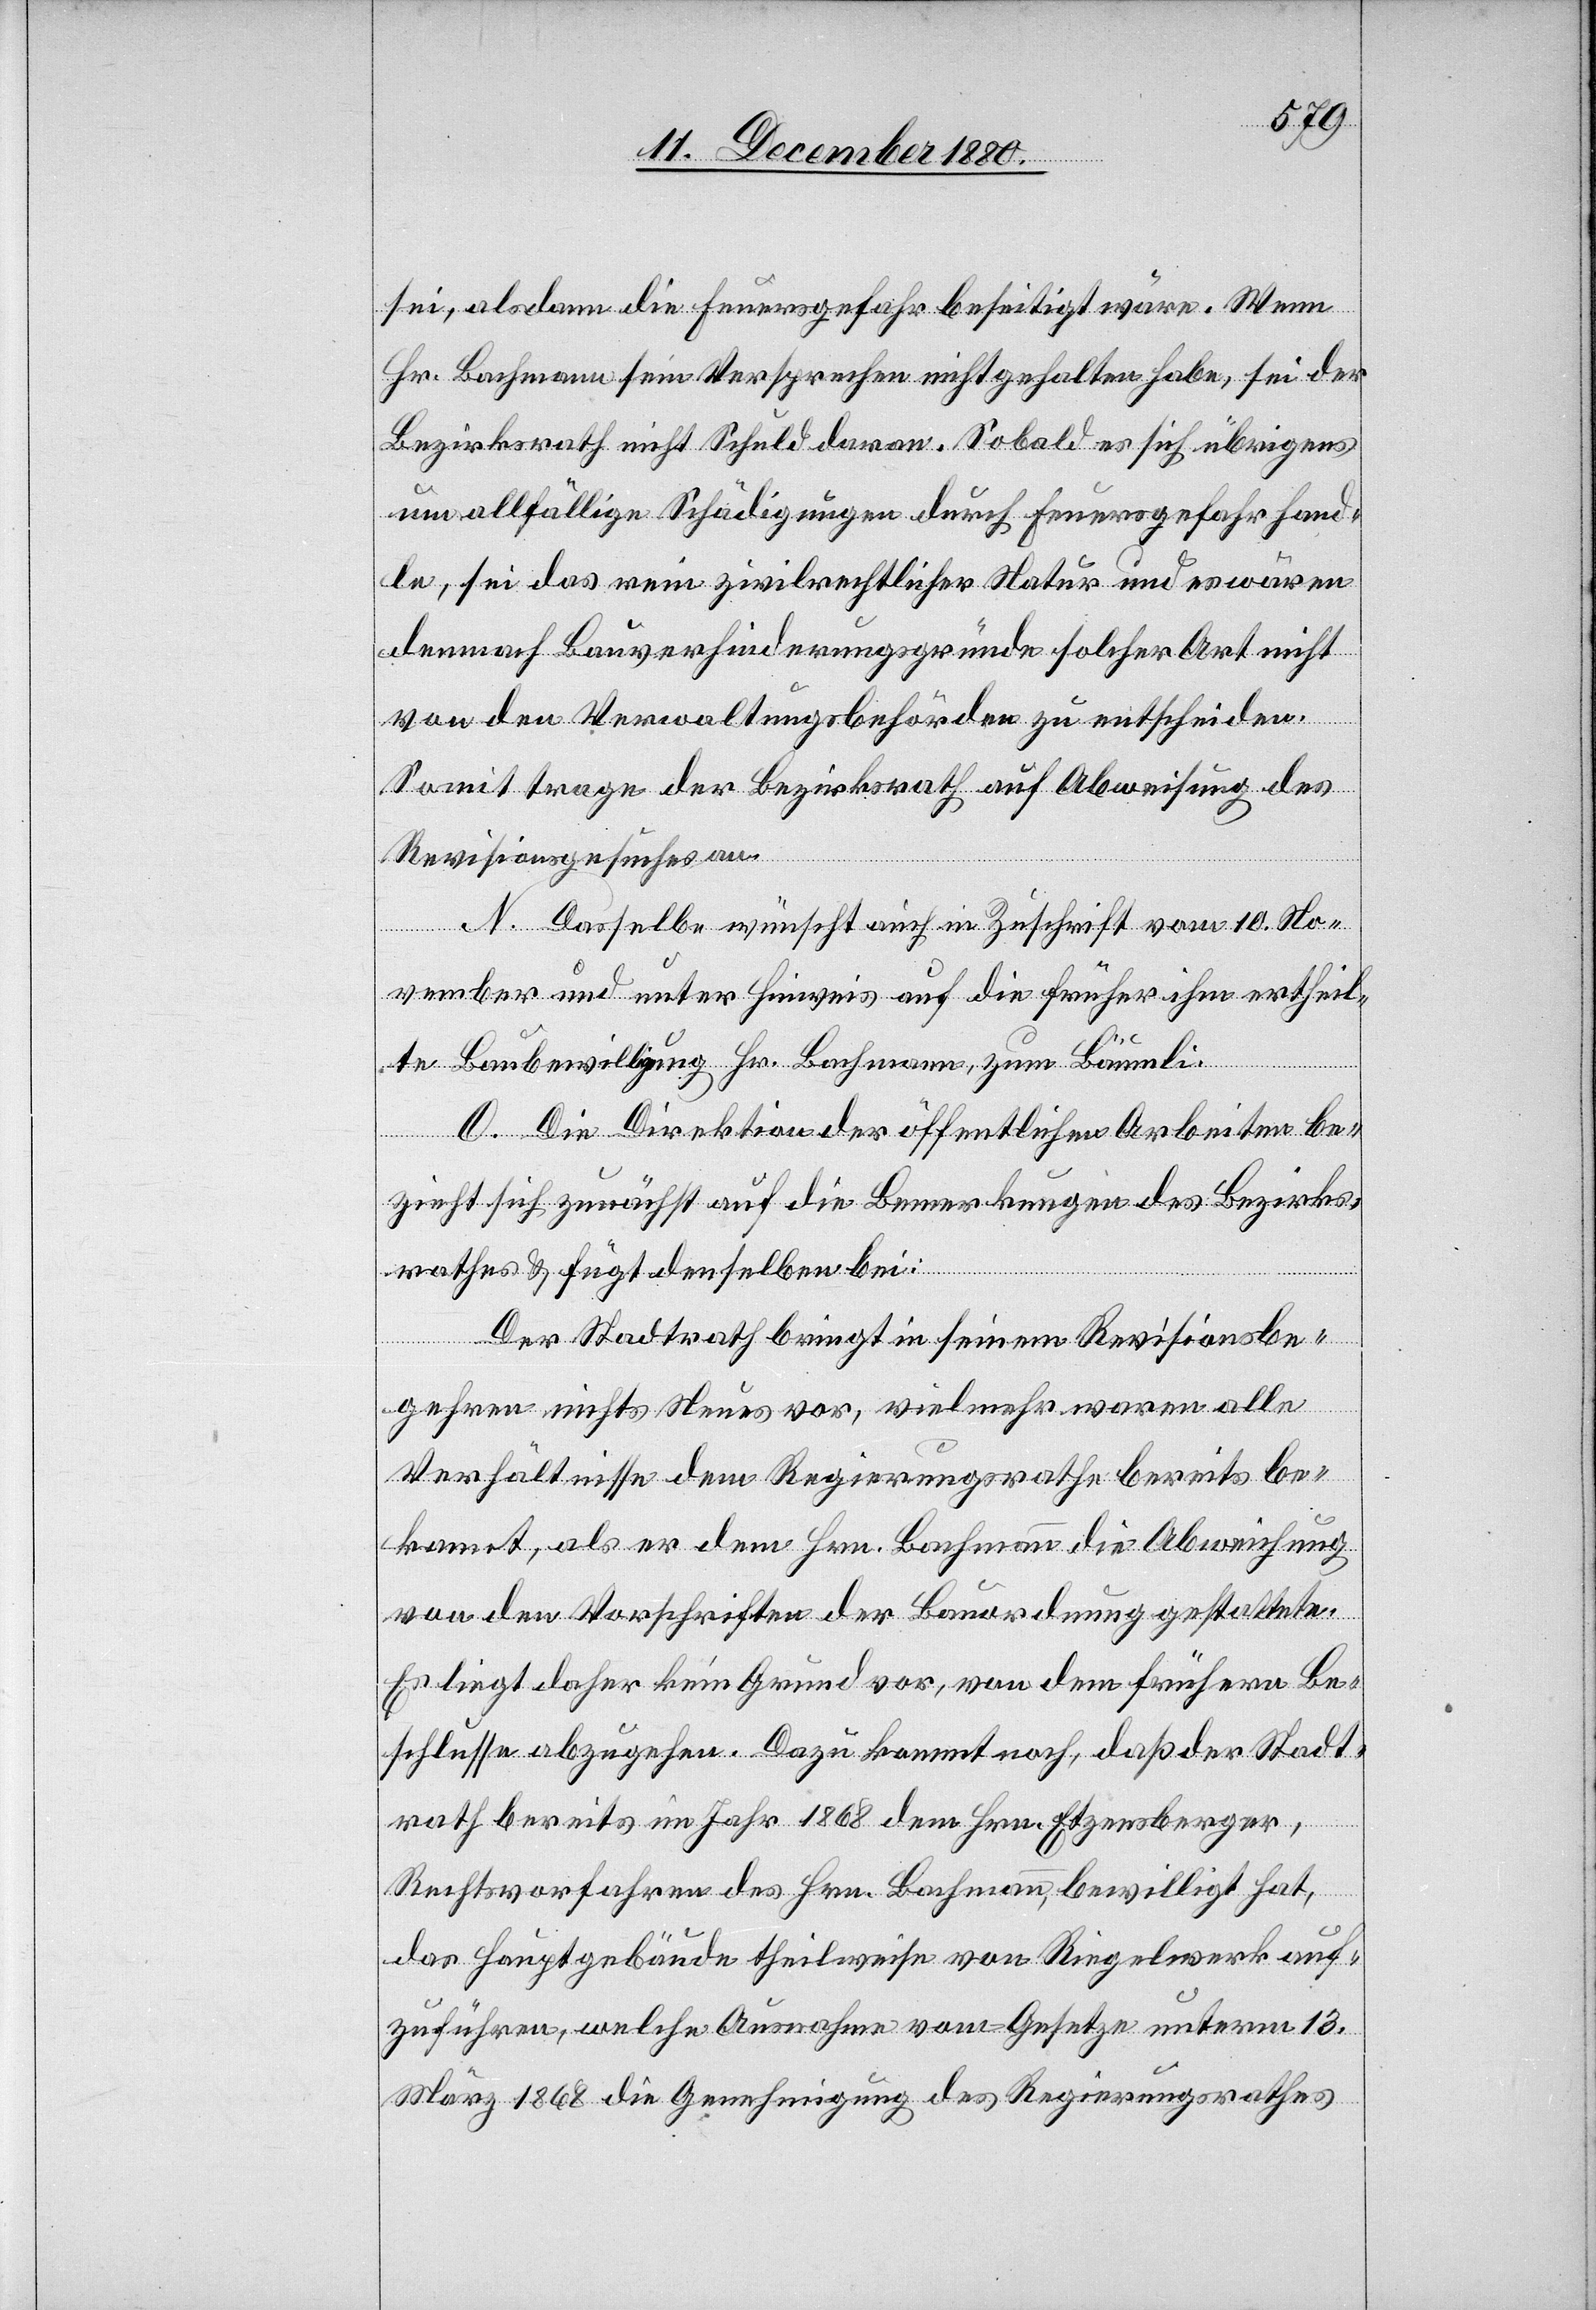
sei, alsdann die Feuersgefahr beseitigt wäre. Wenn
Hr. Bachmann sein Versprechen nicht gehalten habe, sei der
Bezirksrath nicht Schuld daran. Sobald es sich übrigens
um allfällige Schädigungen durch Feuersgefahr hand¬
le, sei das rein zivilrechtlicher Natur und es wären
demnach Bauverhinderungsgründe solcher Art nicht
von den Verwaltungsbehörden zu entscheiden.
Somit trage der Bezirksrath auf Abweisung des
Revisionsgesuches an.
N. Dasselbe wünscht auch in Zuschrift vom 10. No¬
vember und unter Hinweis auf die früher ihm ertheil¬
te Baubewilligung Hr. Bachmann, zum Bäumli.
O. Die Direktion der öffentlichen Arbeiten be¬
zieht sich zunächst auf die Bemerkungen des Bezirks¬
rathes & fügt denselben bei:
Der Stadtrath bringt in seinem Revisionsbe¬
gehren nichts Neues vor, vielmehr waren alle
Verhältnisse dem Regierungsrathe bereits be¬
kannt, als er dem Hrn. Bachmann die Abweichung
von den Vorschriften der Bauordnung gestattete.
Es liegt daher kein Grund vor, von dem frühern Be¬
schlusse abzugehen. Dazu kommt noch, daß der Stadt¬
rath bereits im Jahr 1868 dem Hrn. Etzensberger,
Rechtsvorfahren des Hrn. Bachmann, bewilligt hat,
das Hauptgebäude theilweise von Riegelwerk auf¬
zuführen, welche Ausnahme vom Gesetze unterm 13.
März 1868 die Genehmigung des Regierungsrathes